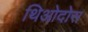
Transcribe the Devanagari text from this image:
थिओदोस